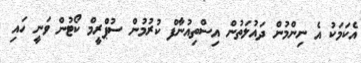
އެކަމަކު އެ ނިންމުން ދައުލަތުން އިސްތިއުނާފް ކުރުމުން ސުޕްރީމް ކޯޓުން ވަނީ ހައި